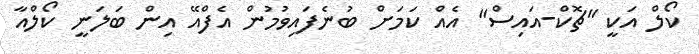
ކޯލް އަކީ "ޗޮކް-އައިސް" އެއް ކަމަށް ބުނެފައިވުމުން އެފްއޭ އިން ބަލަނީ ކޯލްއާ